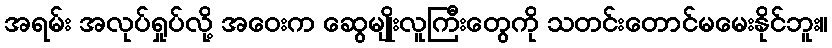
အရမ်း အလုပ်ရှုပ်လို့ အဝေးက ဆွေမျိုးလူကြီးတွေကို သတင်းတောင်မမေးနိုင်ဘူး။